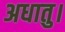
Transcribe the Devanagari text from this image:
अधातु।